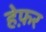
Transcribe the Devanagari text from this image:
हेफ़र